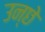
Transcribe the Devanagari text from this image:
उन्छे